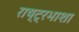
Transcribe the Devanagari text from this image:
राष्ट्रभाशा